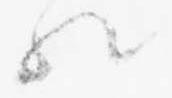
歟